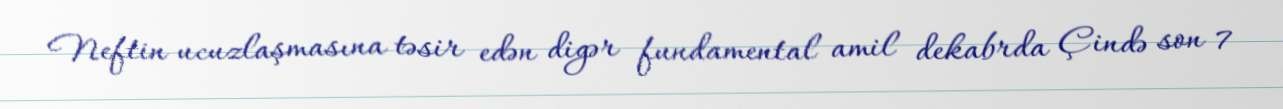
Neftin ucuzlaşmasına təsir edən digər fundamental amil dekabrda Çində son 7